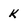
Character: k